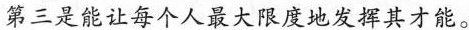
第三是能让每个人最大限度地发挥其才能。